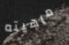
ماهيته